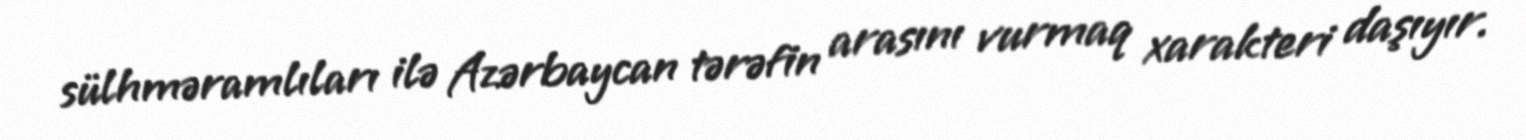
sülhməramlıları ilə Azərbaycan tərəfin arasını vurmaq xarakteri daşıyır.